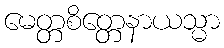
မေတ္တစိတ္တေနာယသ္မာ